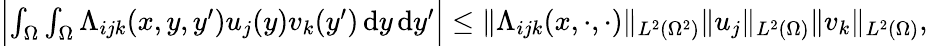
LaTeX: \begin{array}{r}{\Bigl\lvert\int_{\Omega}\int_{\Omega}\Lambda_{ijk}(x,y,y^{\prime})u_{j}(y)v_{k}(y^{\prime})\mathop{\mathrm{d}y}\mathop{\mathrm{d}y^{\prime}}\Bigr\rvert\le\lVert\Lambda_{ijk}(x,\mathord{\cdot},\mathord{\cdot})\rVert_{L^{2}(\Omega^{2})}\lVert u_{j}\rVert_{L^{2}(\Omega)}\lVert v_{k}\rVert_{L^{2}(\Omega)},}\end{array}